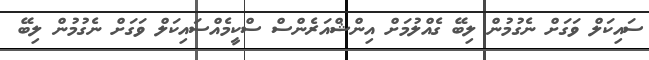
ސައިކަލް ވަގަށް ނެގުމުން ލިބޭ ގެއްލުމަށް އިންޝްއަރެންސް ސްކީމެއްސައިކަލް ވަގަށް ނެގުމުން ލިބޭ